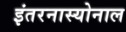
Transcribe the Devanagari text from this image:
इंतरनास्योनाल